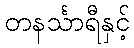
တနင်္သာရီနှင့်